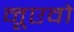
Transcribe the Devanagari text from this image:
नूएवो